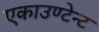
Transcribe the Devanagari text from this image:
एकाउण्टेन्ट